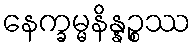
နေက္ခမ္မနိန္နဉ္စဿ